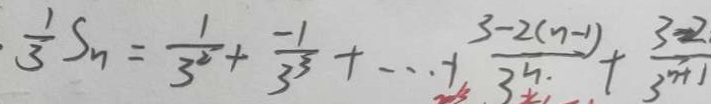
\frac { 1 } { 3 } S _ { n } = \frac { 1 } { 3 ^ { 2 } } + \frac { - 1 } { 3 ^ { 3 } } + \cdots - 1 \frac { 3 - 2 ( n - 1 ) } { 3 ^ { n . } } + \frac { 3 - 2 } { 3 ^ { n + 1 } }